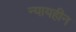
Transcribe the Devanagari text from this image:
न्यायहीन